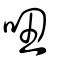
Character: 吜